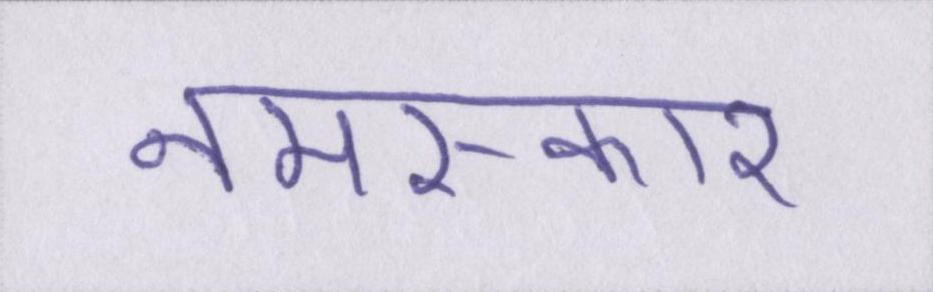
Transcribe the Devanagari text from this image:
नमस्कार